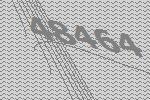
48464